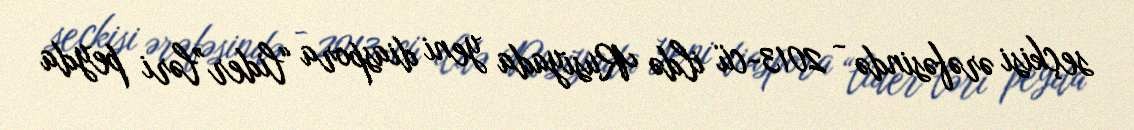
seçkisi ərəfəsində - 2013-cü ildə Rusiyada yeni diaspora “lider”ləri peyda